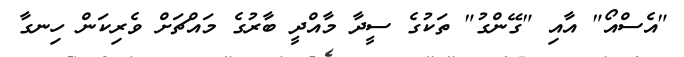
"އެސްއޯ" އާއި "ގޭންގު" ތަކުގެ ސީދާ މާއްދީ ބާރުގެ މައްޗަށް ވެރިކަން ހިނގާ